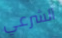
الشرعي